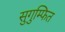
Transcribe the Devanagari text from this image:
सुगुम्फित